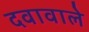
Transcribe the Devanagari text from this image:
दवावाले